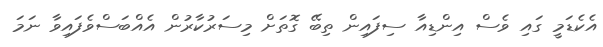
އެކެޑަމީ ގައި ވެސް އިންޑިއާ ސިފައިން ތިބޭ ގޮތަށް މިސަރުކާރުން އެއްބަސްވެފައިވާ ނަމަ